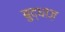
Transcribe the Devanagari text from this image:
बुद्धाज़